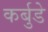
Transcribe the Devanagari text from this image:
कर्बुडे